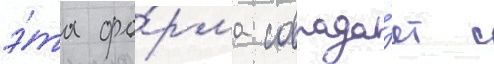
э́та фо́рма совпада́ет с